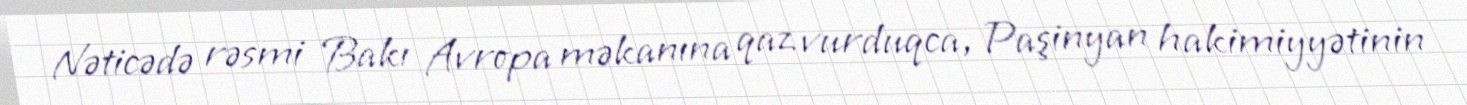
Nəticədə rəsmi Bakı Avropa məkanına qaz vurduqca, Paşinyan hakimiyyətinin